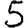
Digit: 5